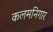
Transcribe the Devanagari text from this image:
कलमनिगार